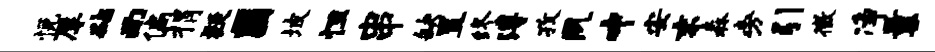
悦厚砧而偏捐疑圃坡怛串缺置终溥孜夙中安末森旁引徵净曩